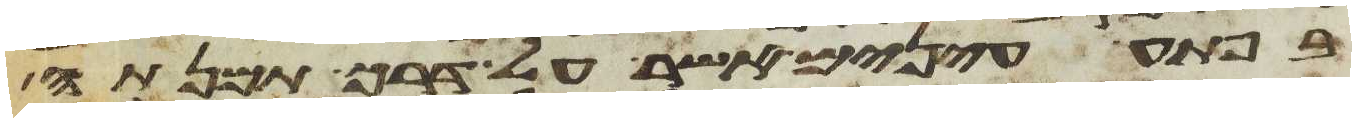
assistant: בפתע עינים אשר על דרך תמנתה